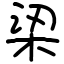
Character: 鿄